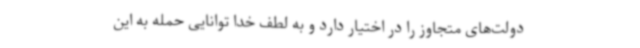
دولت‌های متجاوز را در اختیار دارد و به لطف خدا توانایی حمله به این